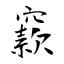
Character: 窾